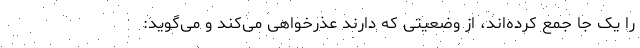
را یک جا جمع کرده‌اند، از وضعیتی که دارند عذرخواهی می‌کند و می‌گوید: